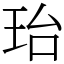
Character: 珆